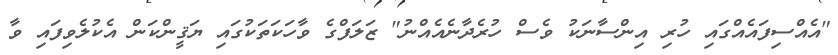
"އެއްސިފައެއްގައި ހުރި އިންސާނަކު ވެސް ހުރެދާނެއެއްނު" ޒަލަފްގެ ވާހަކަތަކުގައި ޔަޤީންކަން އެކުލެވިފައި ވާ